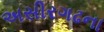
અસીરગઢના